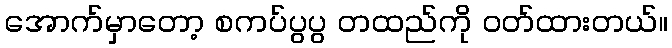
အောက်မှာတော့ စကပ်ပွပွ တထည်ကို ဝတ်ထားတယ်။